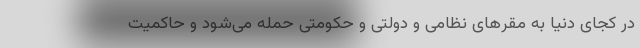
در کجای دنیا به مقرهای نظامی و دولتی و حکومتی حمله می‌شود و حاکمیت